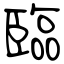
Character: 臨